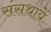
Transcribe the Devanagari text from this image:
संसथायें